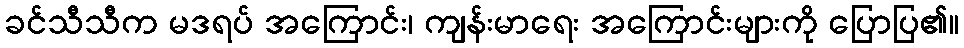
ခင်သီသီက မဒရပ် အကြောင်း၊ ကျန်းမာရေး အကြောင်းများကို ပြောပြ၏။